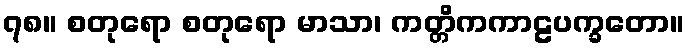
၇၈။ စတုရော စတုရော မာသာ၊ ကတ္တိကကာဠပက္ခတော။